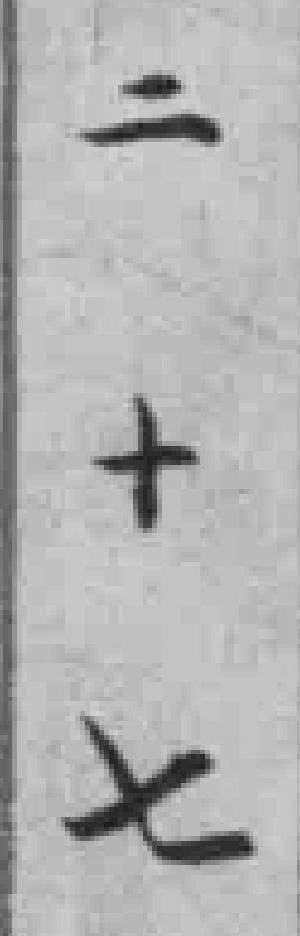
二十七